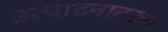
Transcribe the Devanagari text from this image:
उत्पादनावरुन